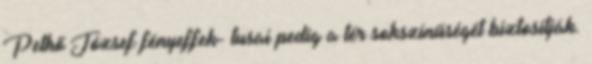
Pethő József fényeffek- tusai pedig a tér sokszínűségét biztosítják.